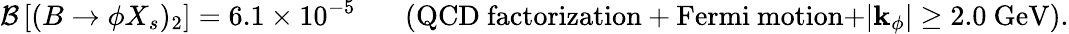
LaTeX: {\cal B}\left[(B\to\phi X_{s})_{2}\right]=6.1\times 10^{-5}~~~~~~~(\mathrm{QCD~factorization+Fermi~motion+}|{\mathbf k}_{\phi}|\geq 2.0~\mathrm{GeV}).